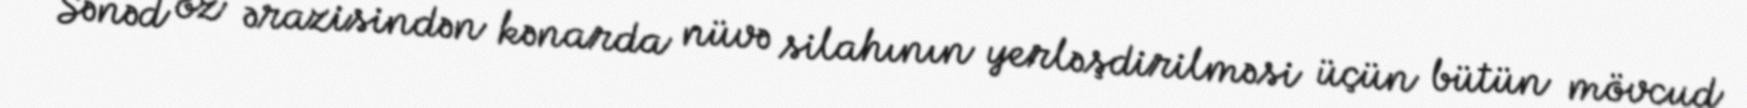
Sənəd öz ərazisindən kənarda nüvə silahının yerləşdirilməsi üçün bütün mövcud